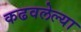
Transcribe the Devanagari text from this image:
कढवलेल्या